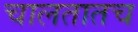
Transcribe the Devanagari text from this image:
चालतातच